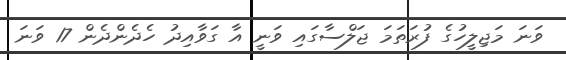
ވަނަ މަޖިލީހުގެ ފުރަތަމަ ޖަލްސާގައި ވަނީ އާ ގަވާއިދު ހެދެންދެން 17 ވަނަ